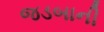
જડબાની